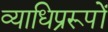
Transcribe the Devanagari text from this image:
व्याधिप्ररूपों